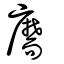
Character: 𦓡